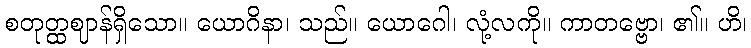
စတုတ္ထဈာန်ရှိသော။ ယောဂိနာ၊ သည်။ ယောဂေါ၊ လုံ့လကို။ ကာတဗ္ဗော၊ ၏။ ဟိ၊